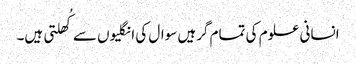
انسانی علوم کی تمام گرہیں سوال کی انگلیوں سے کُھلتی ہیں۔